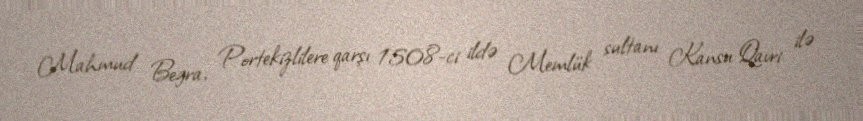
Mahmud Begra, Portekizlilere qarşı 1508-ci ildə Memlük sultanı Kansu Qavri ilə